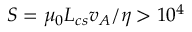
S = \mu _ { 0 } L _ { c s } v _ { A } / \eta > 1 0 ^ { 4 }